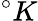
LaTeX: ^{\circ}K